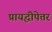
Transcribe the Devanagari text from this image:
प्रायद्धीपेत्तर